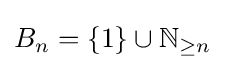
B_{n}=\{1\}\cup \mathbb {N} _{\geq n}